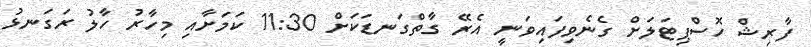
ފާރިޝް ހޮސްޕިޓަލަށް ގެނެވިފައިވަނީ އެރޭ ގާތްގަނޑަކަށް 11:30 ކަމަށާއި މިހާރު ހާލު ރަގަނޅު